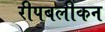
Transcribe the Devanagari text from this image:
रीपबलीकन